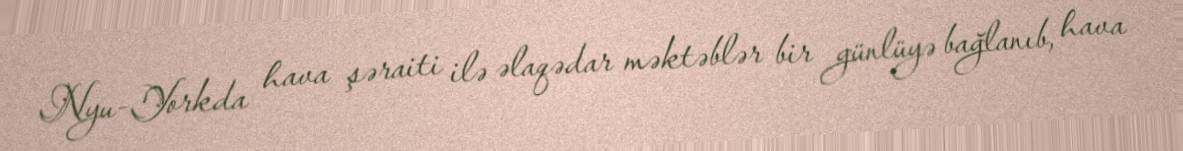
Nyu-Yorkda hava şəraiti ilə əlaqədar məktəblər bir günlüyə bağlanıb, hava